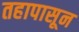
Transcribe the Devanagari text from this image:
तहापासून